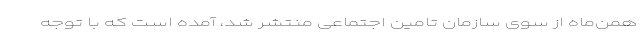
همن‌ماه از سوی سازمان تامین اجتماعی منتشر شد، آمده است که با توجه